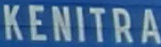
KENITRA